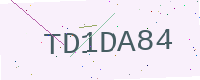
Text: TD1DA84